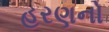
હરણનો